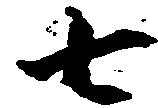
七